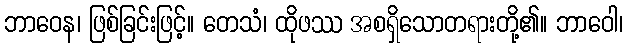
ဘာဝေန၊ ဖြစ်ခြင်းဖြင့်။ တေသံ၊ ထိုဖဿ အစရှိသောတရားတို့၏။ ဘာဝေါ၊